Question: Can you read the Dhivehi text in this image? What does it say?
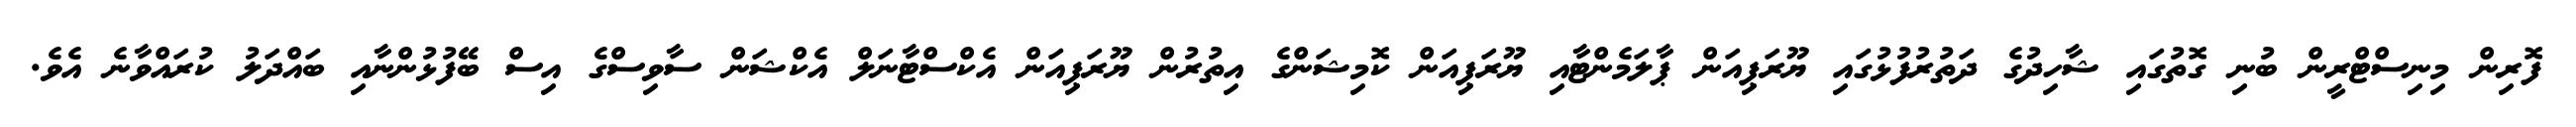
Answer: ފޮރިން މިނިސްޓްރީން ބުނި ގޮތުގައި ޝާހިދުގެ ދަތުރުފުޅުގައި ޔޫރަޕިއަން ޕާލަމެންޓާއި ޔޫރަޕިއަން ކޮމިޝަންގެ އިތުރުން ޔޫރަޕިއަން އެކްސްޓާނަލް އެކްޝަން ސާވިސްގެ އިސް ބޭފުޅުންނާއި ބައްދަލު ކުރައްވާނެ އެވެ.